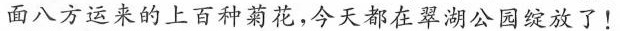
面八方运来的上百种菊花，今天都在翠湖公园绽放了！